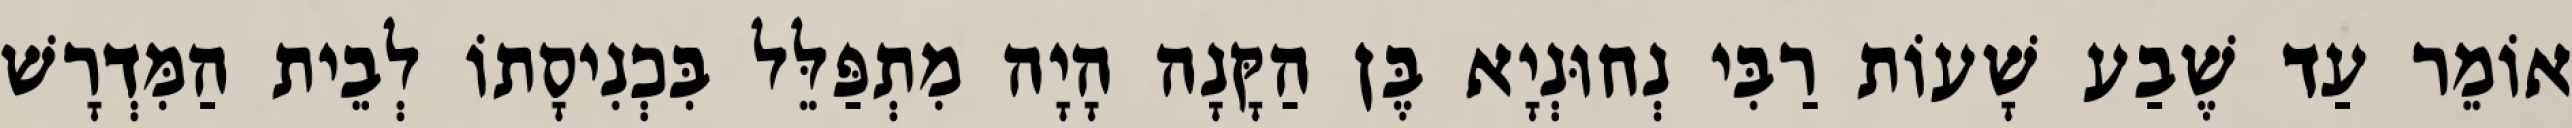
אוֹמֵר עַד שֶׁבַע שָׁעוֹת רַבִּי נְחוּנְיָא בֶּן הַקָּנָה הָיָה מִתְפַּלֵּל בִּכְנִיסָתוֹ לְבֵית הַמִּדְרָשׁ